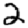
Digit: 2